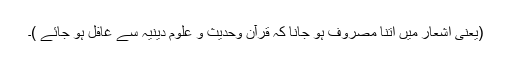
(یعنی اشعار میں اتنا مصروف ہو جانا کہ قرآن وحدیث و علوم دینیہ سے غافل ہو جائے )۔